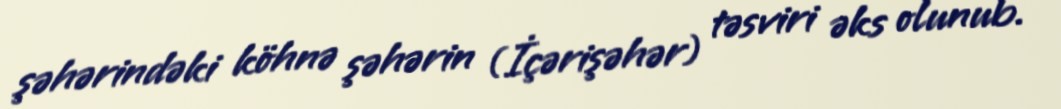
şəhərindəki köhnə şəhərin (İçərişəhər) təsviri əks olunub.